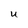
Character: U